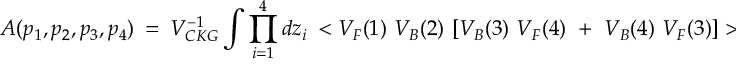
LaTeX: { \cal A } ( p _ { 1 } , p _ { 2 } , p _ { 3 } , p _ { 4 } ) ~ = ~ V _ { C K G } ^ { - 1 } \int \prod _ { i = 1 } ^ { 4 } d z _ { i } ~ < { V _ { F } ( 1 ) ~ V _ { B } ( 2 ) ~ [ V _ { B } ( 3 ) ~ V _ { F } ( 4 ) ~ + ~ V _ { B } ( 4 ) ~ V _ { F } ( 3 ) ] } > ~ ,